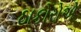
ઠાકોરોએ